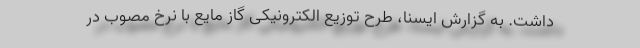
داشت. به گزارش ایسنا، طرح توزیع الکترونیکی گاز مایع با نرخ مصوب در